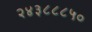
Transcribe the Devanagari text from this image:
२४३८८८५०